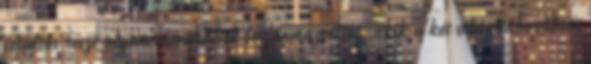
jelentős része olyan menekültek leszármazottja, akik a két világháborúban